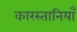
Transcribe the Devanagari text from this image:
कारस्तानियाँ